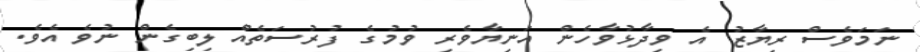
ނަމަވެސް ރިޔާޒު އެ ވިދާޅުވާހެން އަނިޔާވެރި ވުމުގެ ފުރުސަތެއް ލިބިގެން ނުވެ އެވެ.